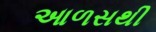
આળસથી